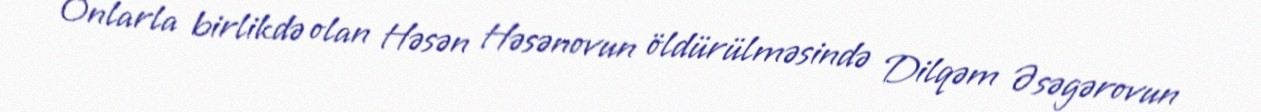
Onlarla birlikdə olan Həsən Həsənovun öldürülməsində Dilqəm Əsəgərovun